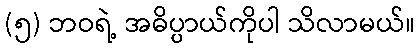
(၅) ဘဝရဲ့ အဓိပ္ပာယ်ကိုပါ သိလာမယ်။